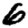
Digit: 6